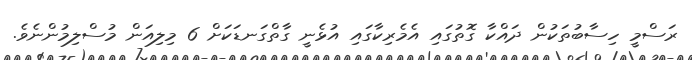
ރަސްމީ ހިސާބުތަކުން ދައްކާ ގޮތުގައި އެމެރިކާގައި އުޅެނީ ގާތްގަނޑަކަށް 6 މިލިއަން މުސްލިމުންނެވެ.